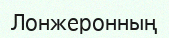
Лонжеронның